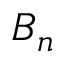
B _ { n }